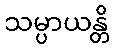
သမ္ပာယန္တိ